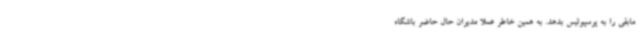
مابقی را به پرسپولیس بدهد. به همین خاطر عملا مدیران حال حاضر باشگاه